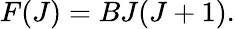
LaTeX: F(J)=BJ(J+1).